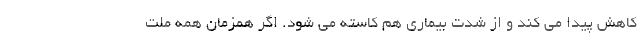
کاهش پیدا می کند و از شدت بیماری هم کاسته می شود. اگر همزمان همه ملت